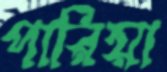
পারিয়া